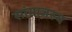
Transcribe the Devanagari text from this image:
सांमाजस्य